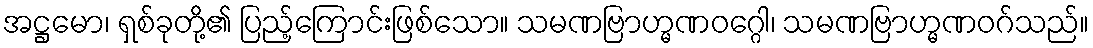
အဋ္ဌမော၊ ရှစ်ခုတို့၏ ပြည့်ကြောင်းဖြစ်သော။ သမဏဗြာဟ္မဏဝဂ္ဂေါ၊ သမဏဗြာဟ္မဏဝဂ်သည်။